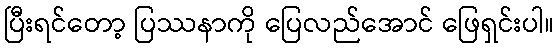
ပြီးရင်တော့ ပြဿနာကို ပြေလည်အောင် ဖြေရှင်းပါ။